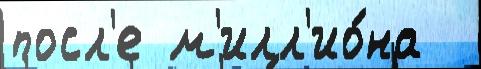
посл'е м'илл'ио́на